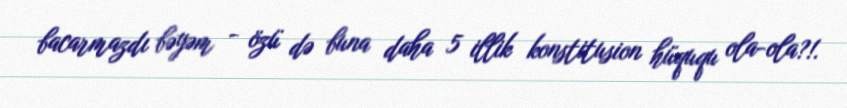
bacarmazdı bəyəm - özü də buna daha 5 illik konstitusion hüququ ola-ola?!.